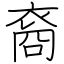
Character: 裔